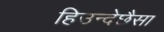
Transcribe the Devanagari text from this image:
हिउन्देछैसा